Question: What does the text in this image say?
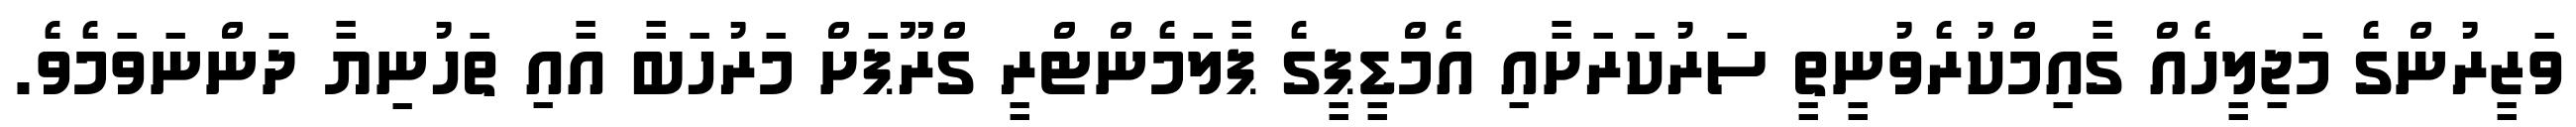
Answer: ވަޒީރުންގެ މަޖިލީހެއް ގާއިމްކުރެވުނީތީ ސަރުކަރަށާއި އެމްޑީޕީގެ ޕާލަމެންޓްރީ ގްރޫޕަށް މަރުހަބާ އާއި ތަހުނިޔާ ދަންނަވަމެވެ.